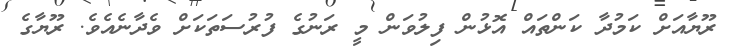
ރޫޔާއަށް ކަމުދާ ކަންތައް އޮޅުން ފިލުވަން މީ ރަނުގެ ފުރުސަތަކަށް ވެދާނެއެވެ. ރޫޔާގެ